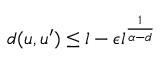
d ( u , u ^ { \prime } ) \leq l - \epsilon l ^ { \frac { 1 } { \alpha - d } }